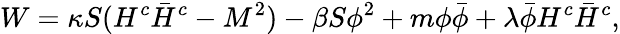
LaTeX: W=\kappa S(H^{c}\bar{H}^{c}-M^{2})-\beta S\phi^{2}+m\phi\bar{\phi}+\lambda\bar{\phi}H^{c}\bar{H}^{c},